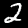
Label: 2